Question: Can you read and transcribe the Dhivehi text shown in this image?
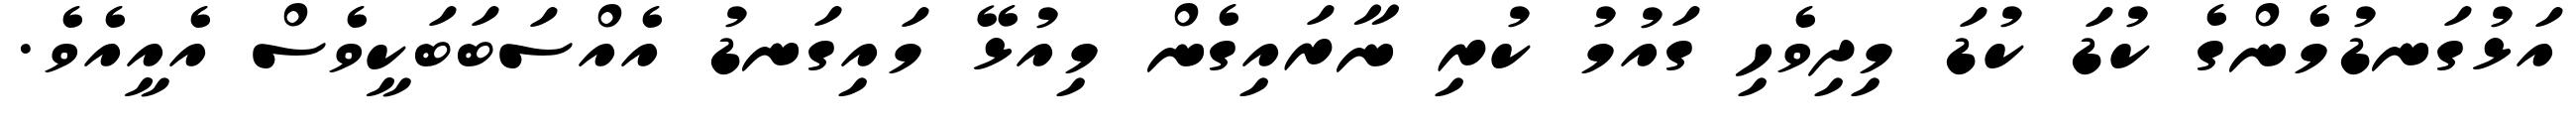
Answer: އަޅުގަނޑުމެންގެ ކުޑަ ކުޑަ މިދިވެހި ގައުމު ކުރި ނާރައިގެން މިއުޅޭ މައިގަނޑު އެއްސަބަބަކީވެސް އެއީއެވެ.